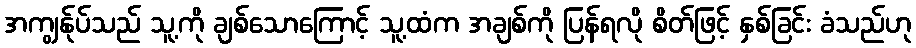
အကျွန်ုပ်သည် သူ့ကို ချစ်သောကြောင့် သူ့ထံက အချစ်ကို ပြန်ရလို စိတ်ဖြင့် နှစ်ခြင်း ခံသည်ဟု